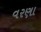
વરણા